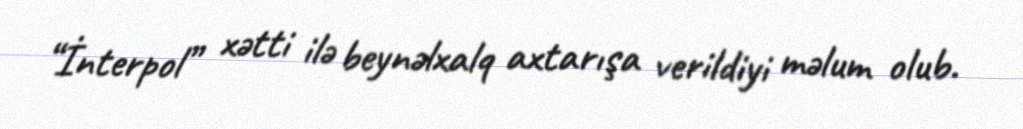
“İnterpol” xətti ilə beynəlxalq axtarışa verildiyi məlum olub.